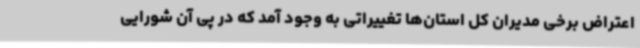
اعتراض برخی مدیران کل استان‌ها تغییراتی به وجود آمد که در پی آن شورایی